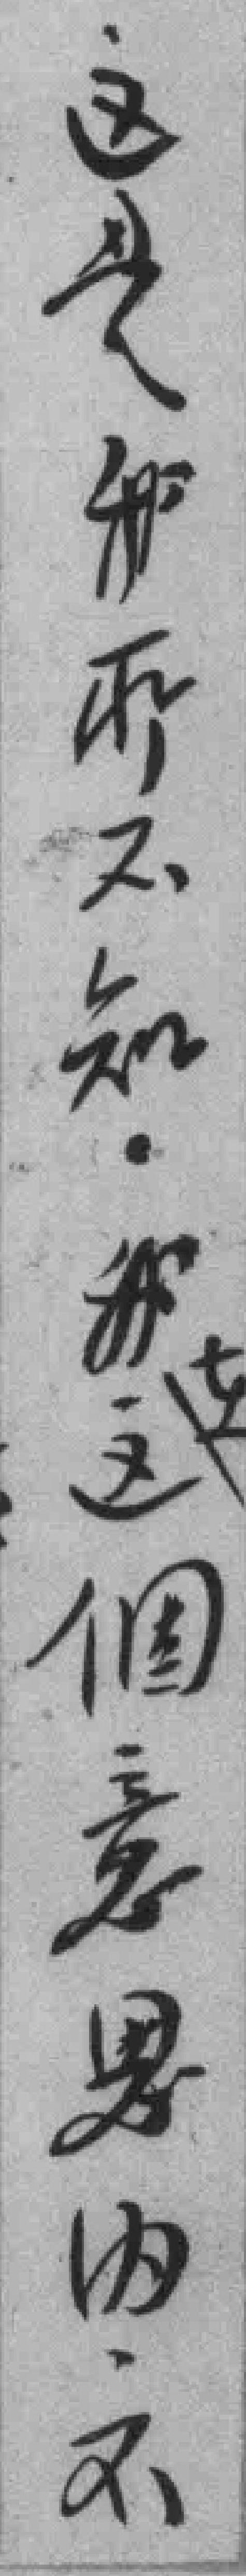
这是我所不知我在这個意思内不